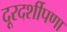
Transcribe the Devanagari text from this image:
दूरदर्शीपणा